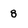
Character: 8